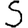
Digit: 5